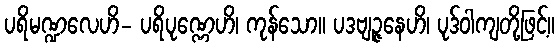
ပရိမဏ္ဍလေဟိ- ပရိပုဏ္ဏေဟိ၊ ကုန်သော။ ပဒဗျဉ္ဇနေဟိ၊ ပုဒ်ဝါကျတို့ဖြင့်။